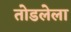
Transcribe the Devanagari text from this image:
तोडलेला